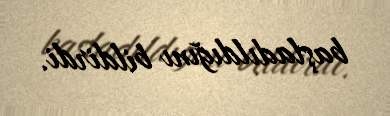
başladıldığını bildirdi.